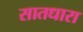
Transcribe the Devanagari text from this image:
सातधारा